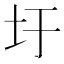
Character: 圩